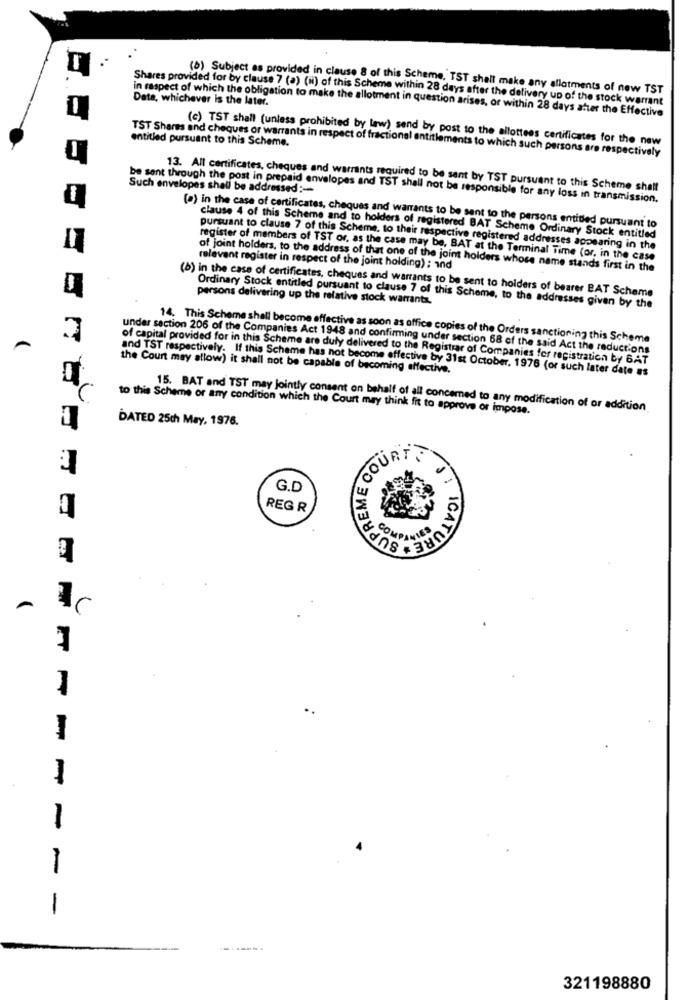
(b) Subject as provided in clause 8 of this Scheme. TST shell make any allotments of new TST
Data, whichever is the later.
Shares provided for by clause 7 (a) (ii) of this Scheme within 28 days after the delivery up of the stock warrant
in respect of which the obligation to make the allotment in question arises, or within 28 days after the Effective
entitled pursuant to this Scheme.
(c) TST shall (unless prohibited by law) send by post to the allottees certificates for the new
TST Shares and cheques or warrants in respect of fractional entitlements to which such persons are respectively
Such envelopes shall be addressed :-
13. All certificates, cheques and warrants required to be sent by TST pursuant to this Scheme shall
be sent through the post in prepaid envelopes and TST shall not be responsible for any loss in transmission.
(a) in the case of certificates, cheques and warrants to be sent to the persons entitled pursuant to
clause 4 of this Scheme and to holders of registered BAT Scheme Ordinary Stock entitled
pursuant to clause 7 of this Scheme. to their respective registered addresses appearing in the
register of members of TST or, as the case may be, BAT at the Terminal Time (or, in the case
relevant register in respect of the joint holding) : ind
of joint holders, to the address of that one of the joint holders whose name stands first in the
(8) in the case of certificates, cheques and warrants to be sent to holders of bearer BAT Scheme
persons delivering up the relative stock warrants.
Ordinary Stock entitled pursuant to clause 7 of this Scheme, to the addresses given by the
14. This Scheme shall become effective as soon as office copies of the Orders sanctioning this Scheme
under section 206 of the Companies Act 1948 and confirming under section 68 of the said Act the reductions
of capital provided for in this Scheme are duly delivered to the Registrar of Companies for registration by BAT
the Court may allow) it shall not be capable of becoming affective.
and TST respectively. If this Scheme has not become effective by 31st October, 1976 (or such later date es
to this Scheme or any condition which the Court may think fit to approve or impose.
15. BAT and TST may jointly consent on behalf of all concerned to any modification of or addition
DATED 25th May, 1976.
OROSREME COURT
G.D
REG R
LICATUR
I
1
-
321198880